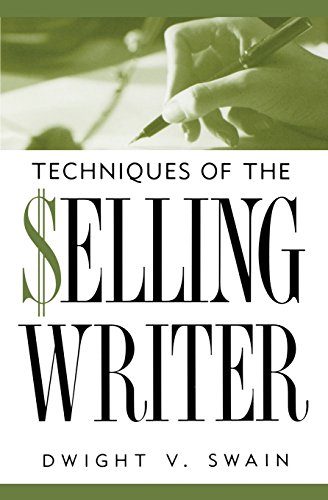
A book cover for Techniques of the Selling Writer; Dwight V. Swain; Reference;